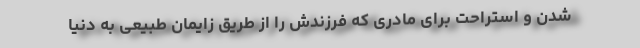
شدن و استراحت برای مادری که فرزندش را از طریق زایمان طبیعی به دنیا